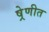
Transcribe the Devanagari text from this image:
ष्रेणीत